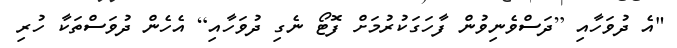
"އެ ދުވަހާއި [ދަސްވެނިވުން ފާހަގަކުރުމަށް ފޮޓޯ ނެގި ދުވަހާއި] އެހެން ދުވަސްތަކާ ހުރި